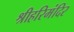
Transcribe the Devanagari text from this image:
श्रीहरिमंदिर